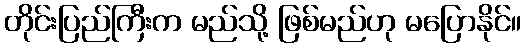
တိုင်းပြည်ကြီးက မည်သို့ ဖြစ်မည်ဟု မပြောနိုင်။